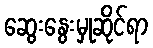
ဆွေးနွေးမှုဆိုင်ရာ